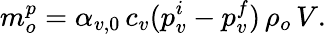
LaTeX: m_{o}^{p}=\alpha_{v,0}\, c_{v}(p_{v}^{i}-p_{v}^{f})\, \rho_{o}\, V.